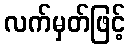
လက်မှတ်ဖြင့်